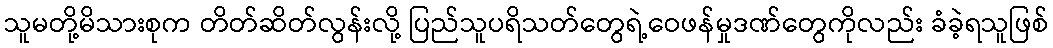
သူမတို့မိသားစုက တိတ်ဆိတ်လွန်းလို့ ပြည်သူပရိသတ်တွေရဲ့ဝေဖန်မှုဒဏ်တွေကိုလည်း ခံခဲ့ရသူဖြစ်